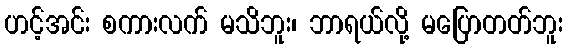
ဟင့်အင်း စကားလက် မသိဘူး၊ ဘာရယ်လို့ မပြောတတ်ဘူး